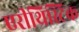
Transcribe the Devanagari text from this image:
एरीथ्रिस्टिक